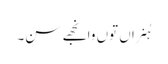
ہُنراں توں وانجھے سن۔